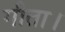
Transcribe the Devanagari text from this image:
गीता।